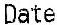
DATE